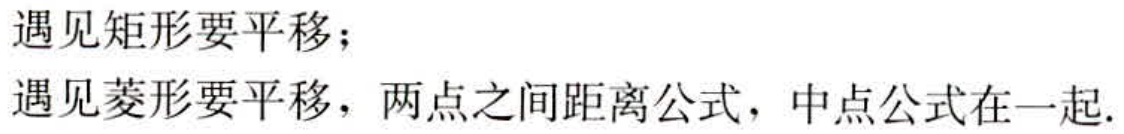
遇见矩形要平移；

遇见菱形要平移，两点之间距离公式，中点公式在一起.